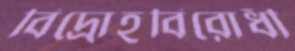
বিদ্রোহবিরোধী